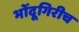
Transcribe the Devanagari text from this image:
भोंदूगिरीच